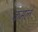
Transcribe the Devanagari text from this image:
कमले